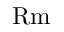
\mathrm { R m }